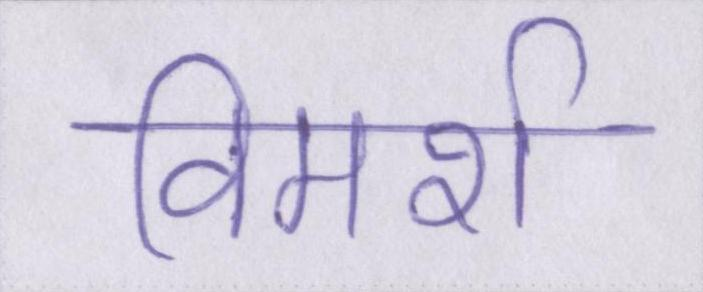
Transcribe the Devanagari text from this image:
विमर्श